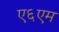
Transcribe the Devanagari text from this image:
ए६एम